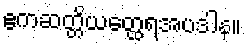
ဧကဆတ္တိယတ္ထေရအပဒါန။